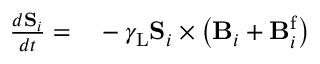
\begin{array} { r l } { \frac { d \mathbf { S } _ { i } } { d t } = } & { { } - \gamma _ { \mathrm { L } } \mathbf { S } _ { i } \times \left( \mathbf { B } _ { i } + \mathbf { B } _ { i } ^ { \mathrm { f } } \right) } \end{array}